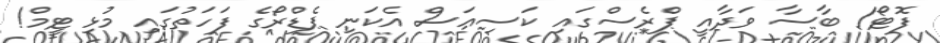
ފޮޓޯ/ ބާސާ ވަދާއީ ޕްރެސްގައި ކަސިއަސް އެކަނި ޕެޑްރޯގެ ފަހަތުގައި މުޅި ޓީމް!